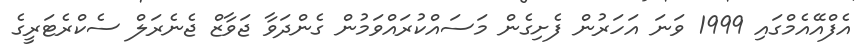
އެފްއޭއެމްގައި 1999 ވަނަ އަހަރުން ފެށިގެން މަސައްކުރައްވަމުން ގެންދަވާ ޖަވާޒް ޖެނެރަލް ސެކްރެޓަރީގެ